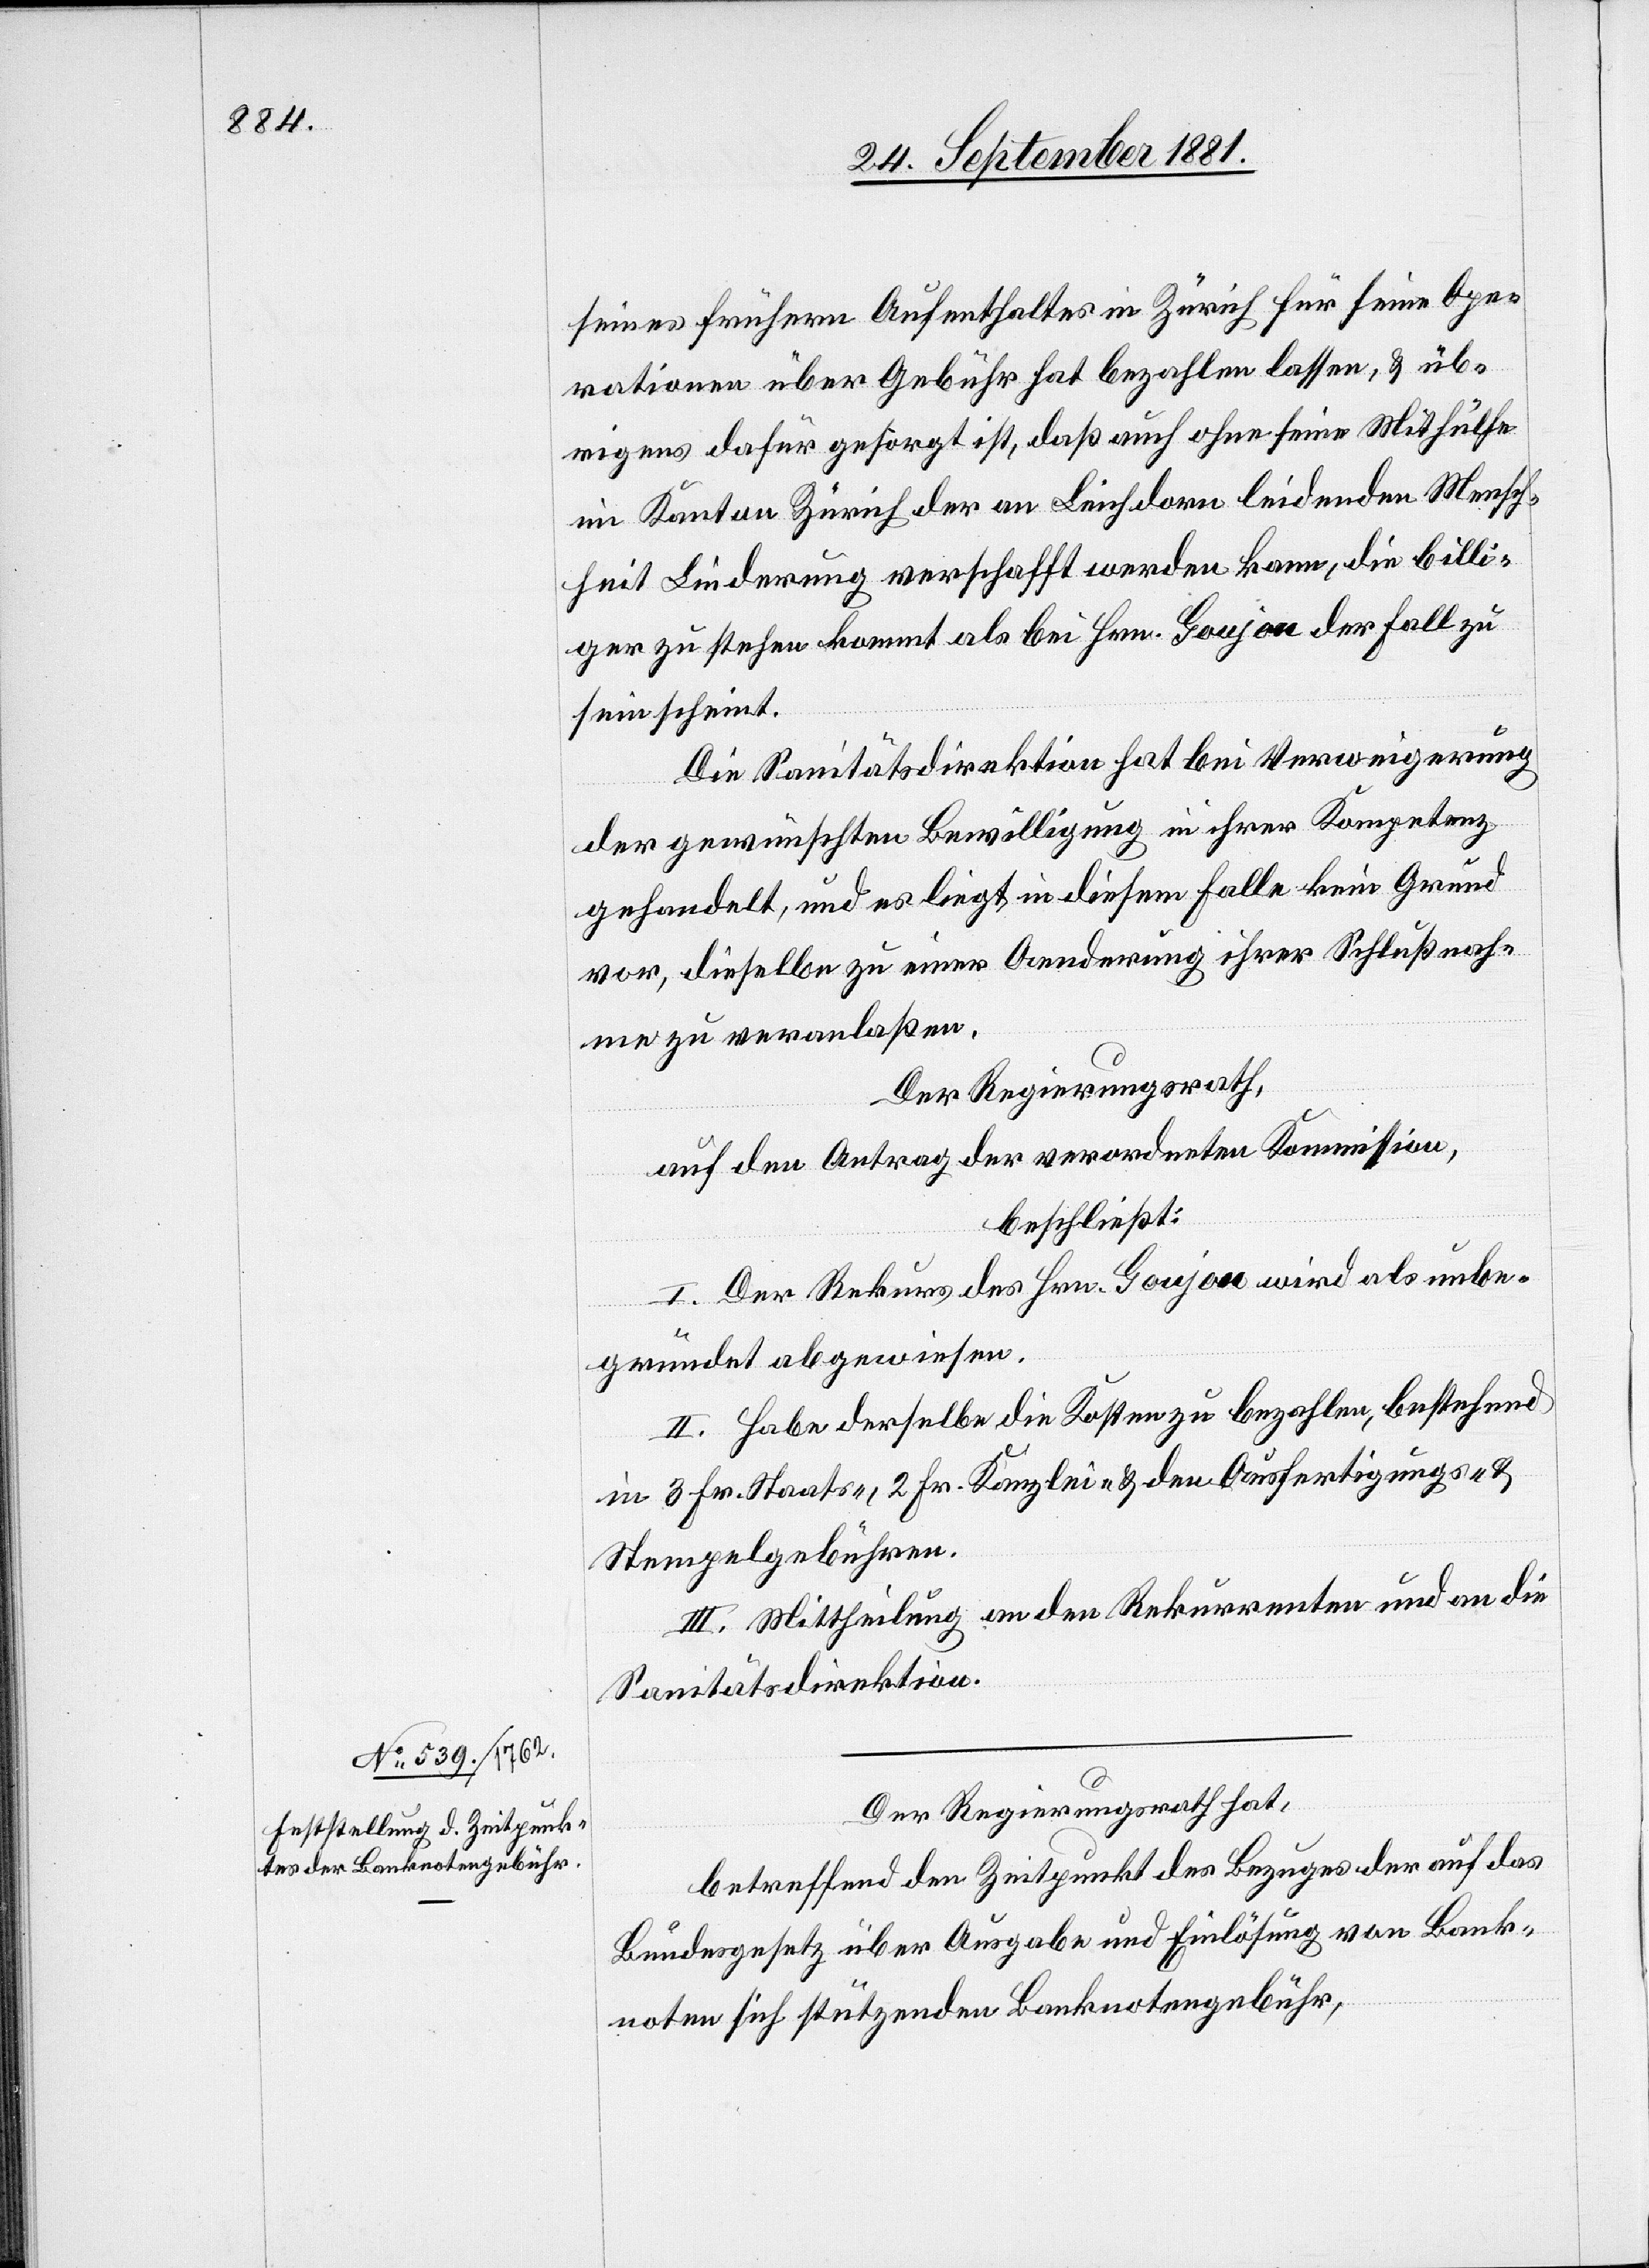
seines frühern Aufenthaltes in Zürich für seine Ope¬
rationen über Gebühr hat bezahlen lassen, & üb¬
rigens dafür gesorgt ist, daß auch ohne seine Mithülfe
im Kanton Zürich der an Leichdorn leidenden Mensch¬
heit Linderung verschafft werden kann, die billi¬
ger zu stehen kommt als bei Hrn. Goujou der Fall zu
sein scheint.
Die Sanitätsdirektion hat bei Verweigerung
der gewünschten Bewilligung in ihrer Kompetenz
gehandelt, und es liegt in diesem Falle kein Grund
vor, dieselbe zu einer Aenderung ihrer Schlußnah¬
me zu veranlaßen.
Der Regierungsrath,
auf den Antrag der verordneten Kommission,
beschließt:
I. Der Rekurs des Hrn. Goujou wird als unbe¬
gründet abgewiesen.
II. Habe derselbe die Kosten zu bezahlen, bestehend
in 3. Fr. Staats-, 2. Fr. Kanzlei- & den Ausfertigungs- &
Stempelgebühren.
III. Mittheilung an den Rekurrenten und an die
Sanitätsdirektion.
Der Regierungsrath hat,
betreffend den Zeitpunkt des Bezuges der auf das
Bundesgesetz über Ausgabe und Einlösung von Bank¬
noten sich stützenden Banknotengebühr,